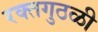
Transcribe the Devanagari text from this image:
रक्तगुठळी